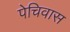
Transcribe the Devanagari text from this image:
पेचिवास